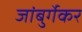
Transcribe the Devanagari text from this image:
जांबुर्गेकर